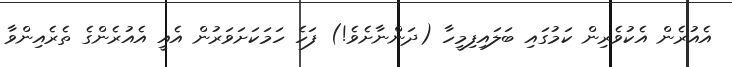
އެއުރެން އެކުވެރިން ކަމުގައި ބަލައިފިމީހާ (ދަންނާށެވެ!) ފަހެ ހަމަކަށަވަރުން އެއީ އެއުރެންގެ ތެރެއިންވާ